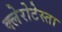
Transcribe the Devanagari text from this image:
क्लेरोटेस्ता